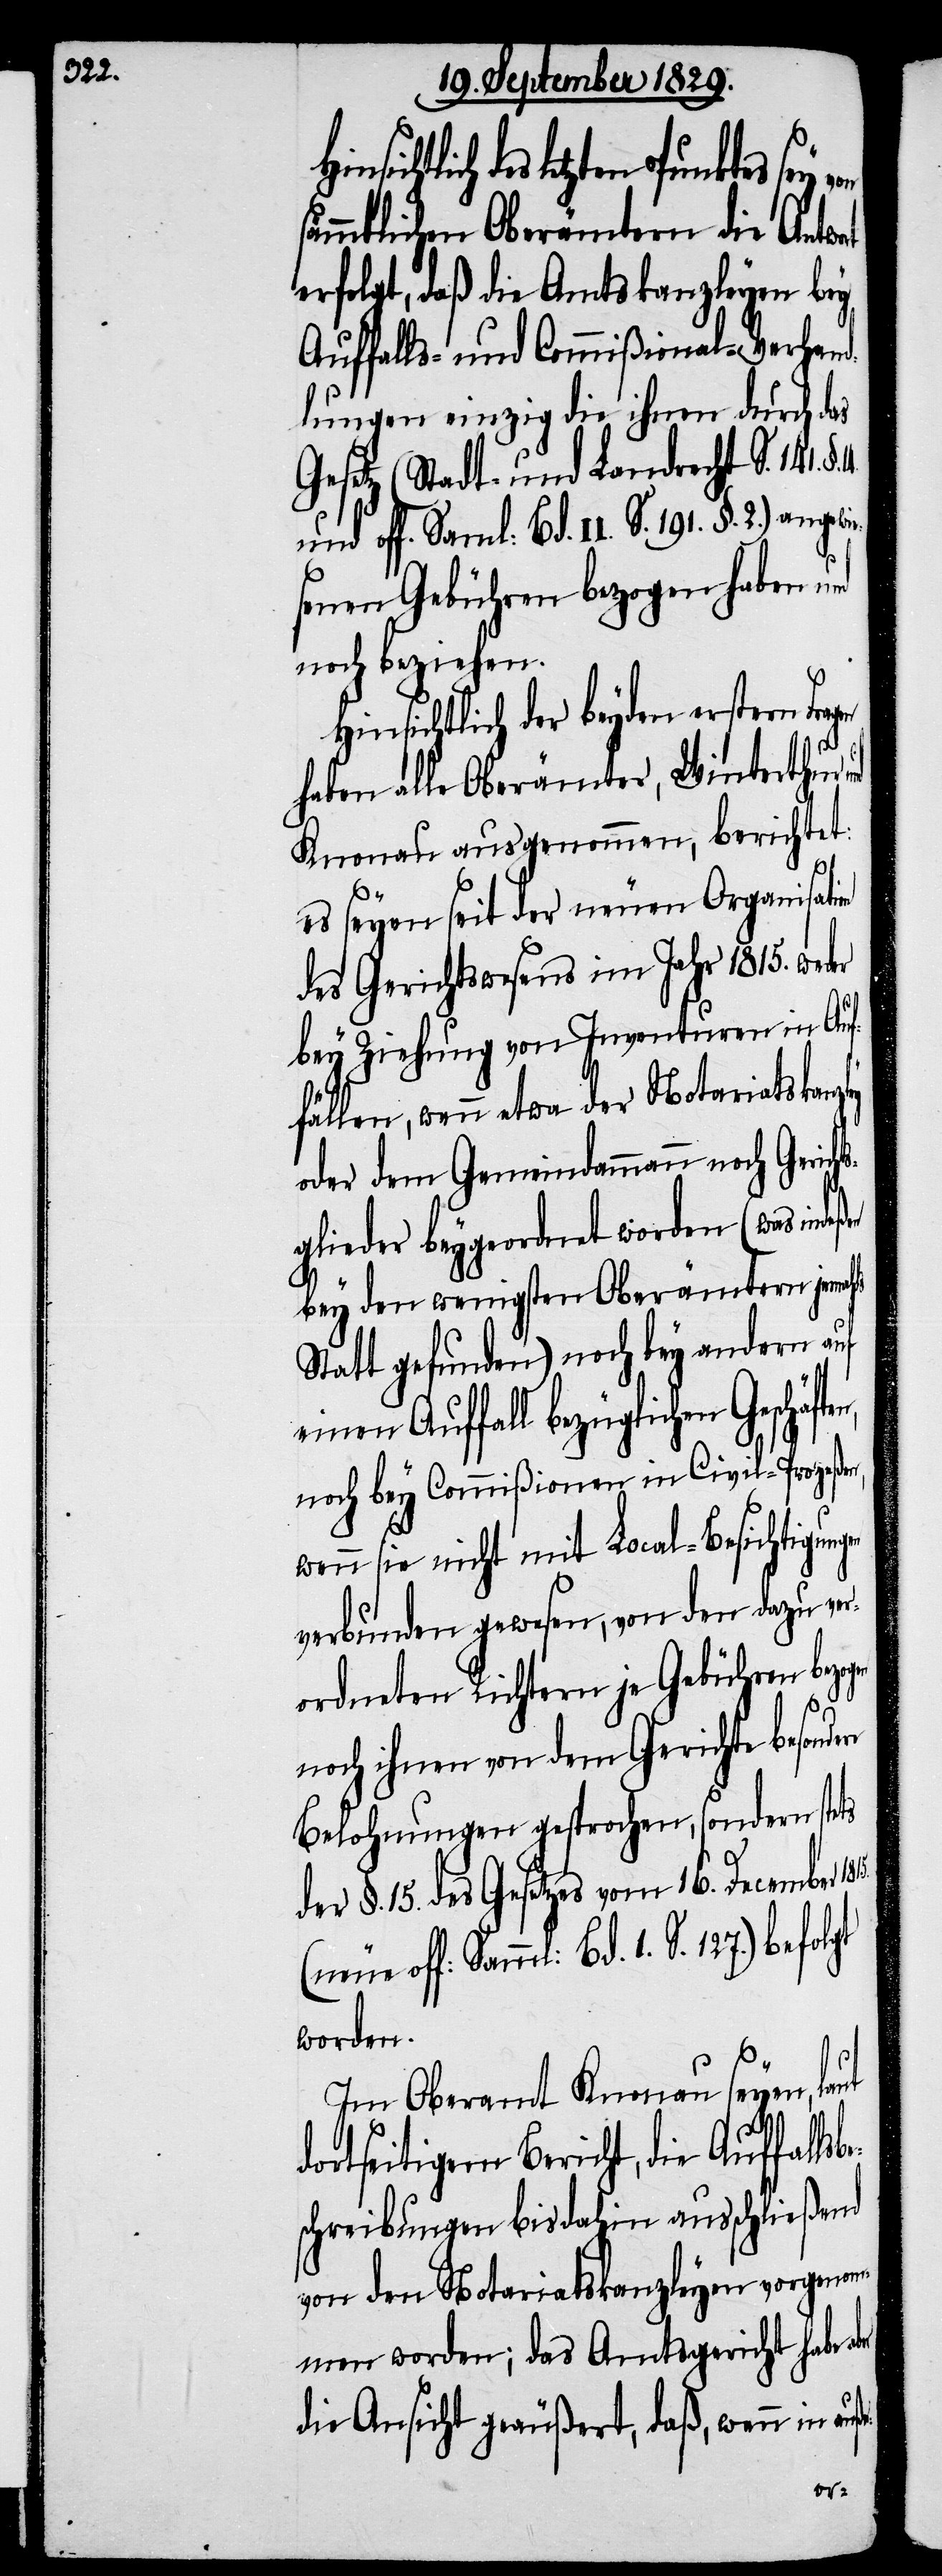
sämmtlichen Oberämtern die Antwo¬
erfolgt, daß die Amtskanzleyen bey
Auffalls- und Commißional-Verhand¬
lungen einzig die ihnen durch das
Gesetz (Stadt- und Landrecht S. 141.
und off. Saml. Bd. II. S. 191. §. 2.) angewie¬
senen Gebühren bezogen haben und
noch beziehen.
Hinsichtlich der beyden erstern
haben alle Oberämter, Winterthur
Knonau ausgenommen, berichtet:
es seyen seit der neuen Organisati¬
des Gerichtswesens im Jahr 1815. wed¬
bey Ziehung von Inventuren in Auf¬
fällen, wenn etwa der Notariatskanzl¬
oder dem Gemeindammann noch Gericht¬
sglieder beygeordnet worden (was indeß¬
bey den wenigsten Oberämtern jemahls
Statt gefunden) noch bey andern auf
einen Auffall bezüglichen
noch bey Commißionen in Civil-Prozeßen,
wenn sie nicht mit Local-Besichtigungen
verbunden gewesen, von den dazu ver¬
ordneten Richtern je Gebühren bez¬
noch ihnen von dem Gerichte besonde¬
Belohnungen gesprochen, sondern stets
der §. 15. des Gesetzes vom 16. December
Smml: Bd. 1. S. 127.) befolgt
worden.
Im Oberamt Knonau seyen,
dortseitigem Bericht, die Auffallsb¬
schreibungen bisdahin ausschließend
von den Notariatskanzleyen vorgeno¬
mmen worden; das Amtsgericht habe a¬
die Ansicht geäußert, daß, wenn in auß¬
er-